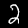
Label: 2